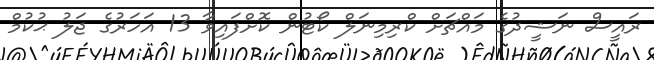
ރައީސް ނަޝީދުގެ މައްޗަށް ކްރިމިނަލް ކޯޓުން ކޮށްފައިވާ 13 އަަހަރުގެ ޖަލު ޙުކުމް